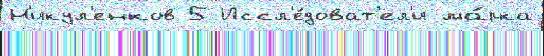
Н'икул'енков 5 Иссл'е́доват'ел'и ма́рка